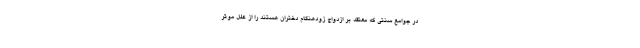
در جوامع سنتی که معتقد بر ازدواج زودهنگام دختران هستند را از علل موثر